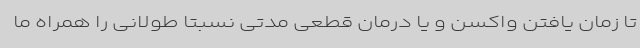
تا زمان یافتن واکسن و یا درمان قطعی مدتی نسبتاً طولانی را همراه ما